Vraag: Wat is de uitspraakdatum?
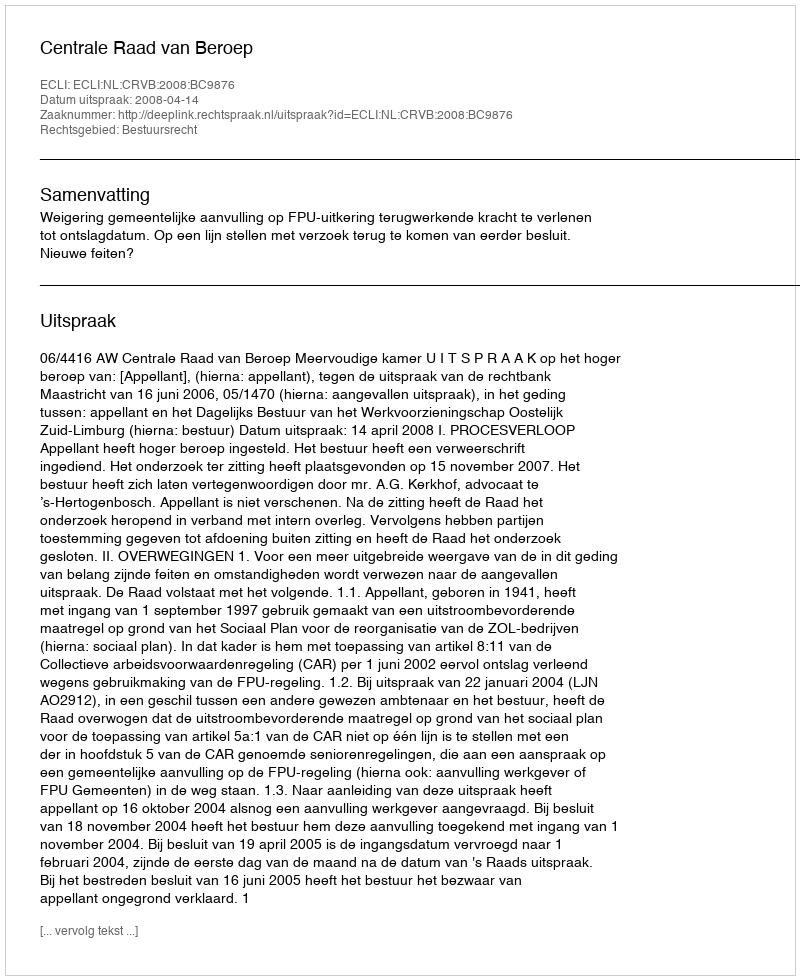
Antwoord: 2008-04-14